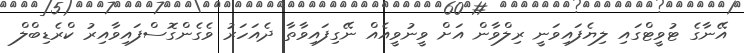
އޭނާގެ ޓުވީޓްގައި ލިޔެފައިވަނީ ރިލްވާން އަށް ވީނުވީއެއް ނޭގިފައިވާތާ ދެއަހަރު ވެގެންގޮސްފައިވާއިރު ކްރެޑިބްލް